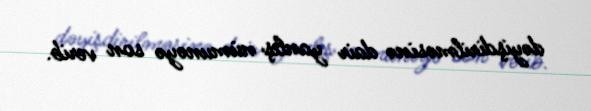
dəyişdirilməsinə dair yanlış nümunəyə son verib.